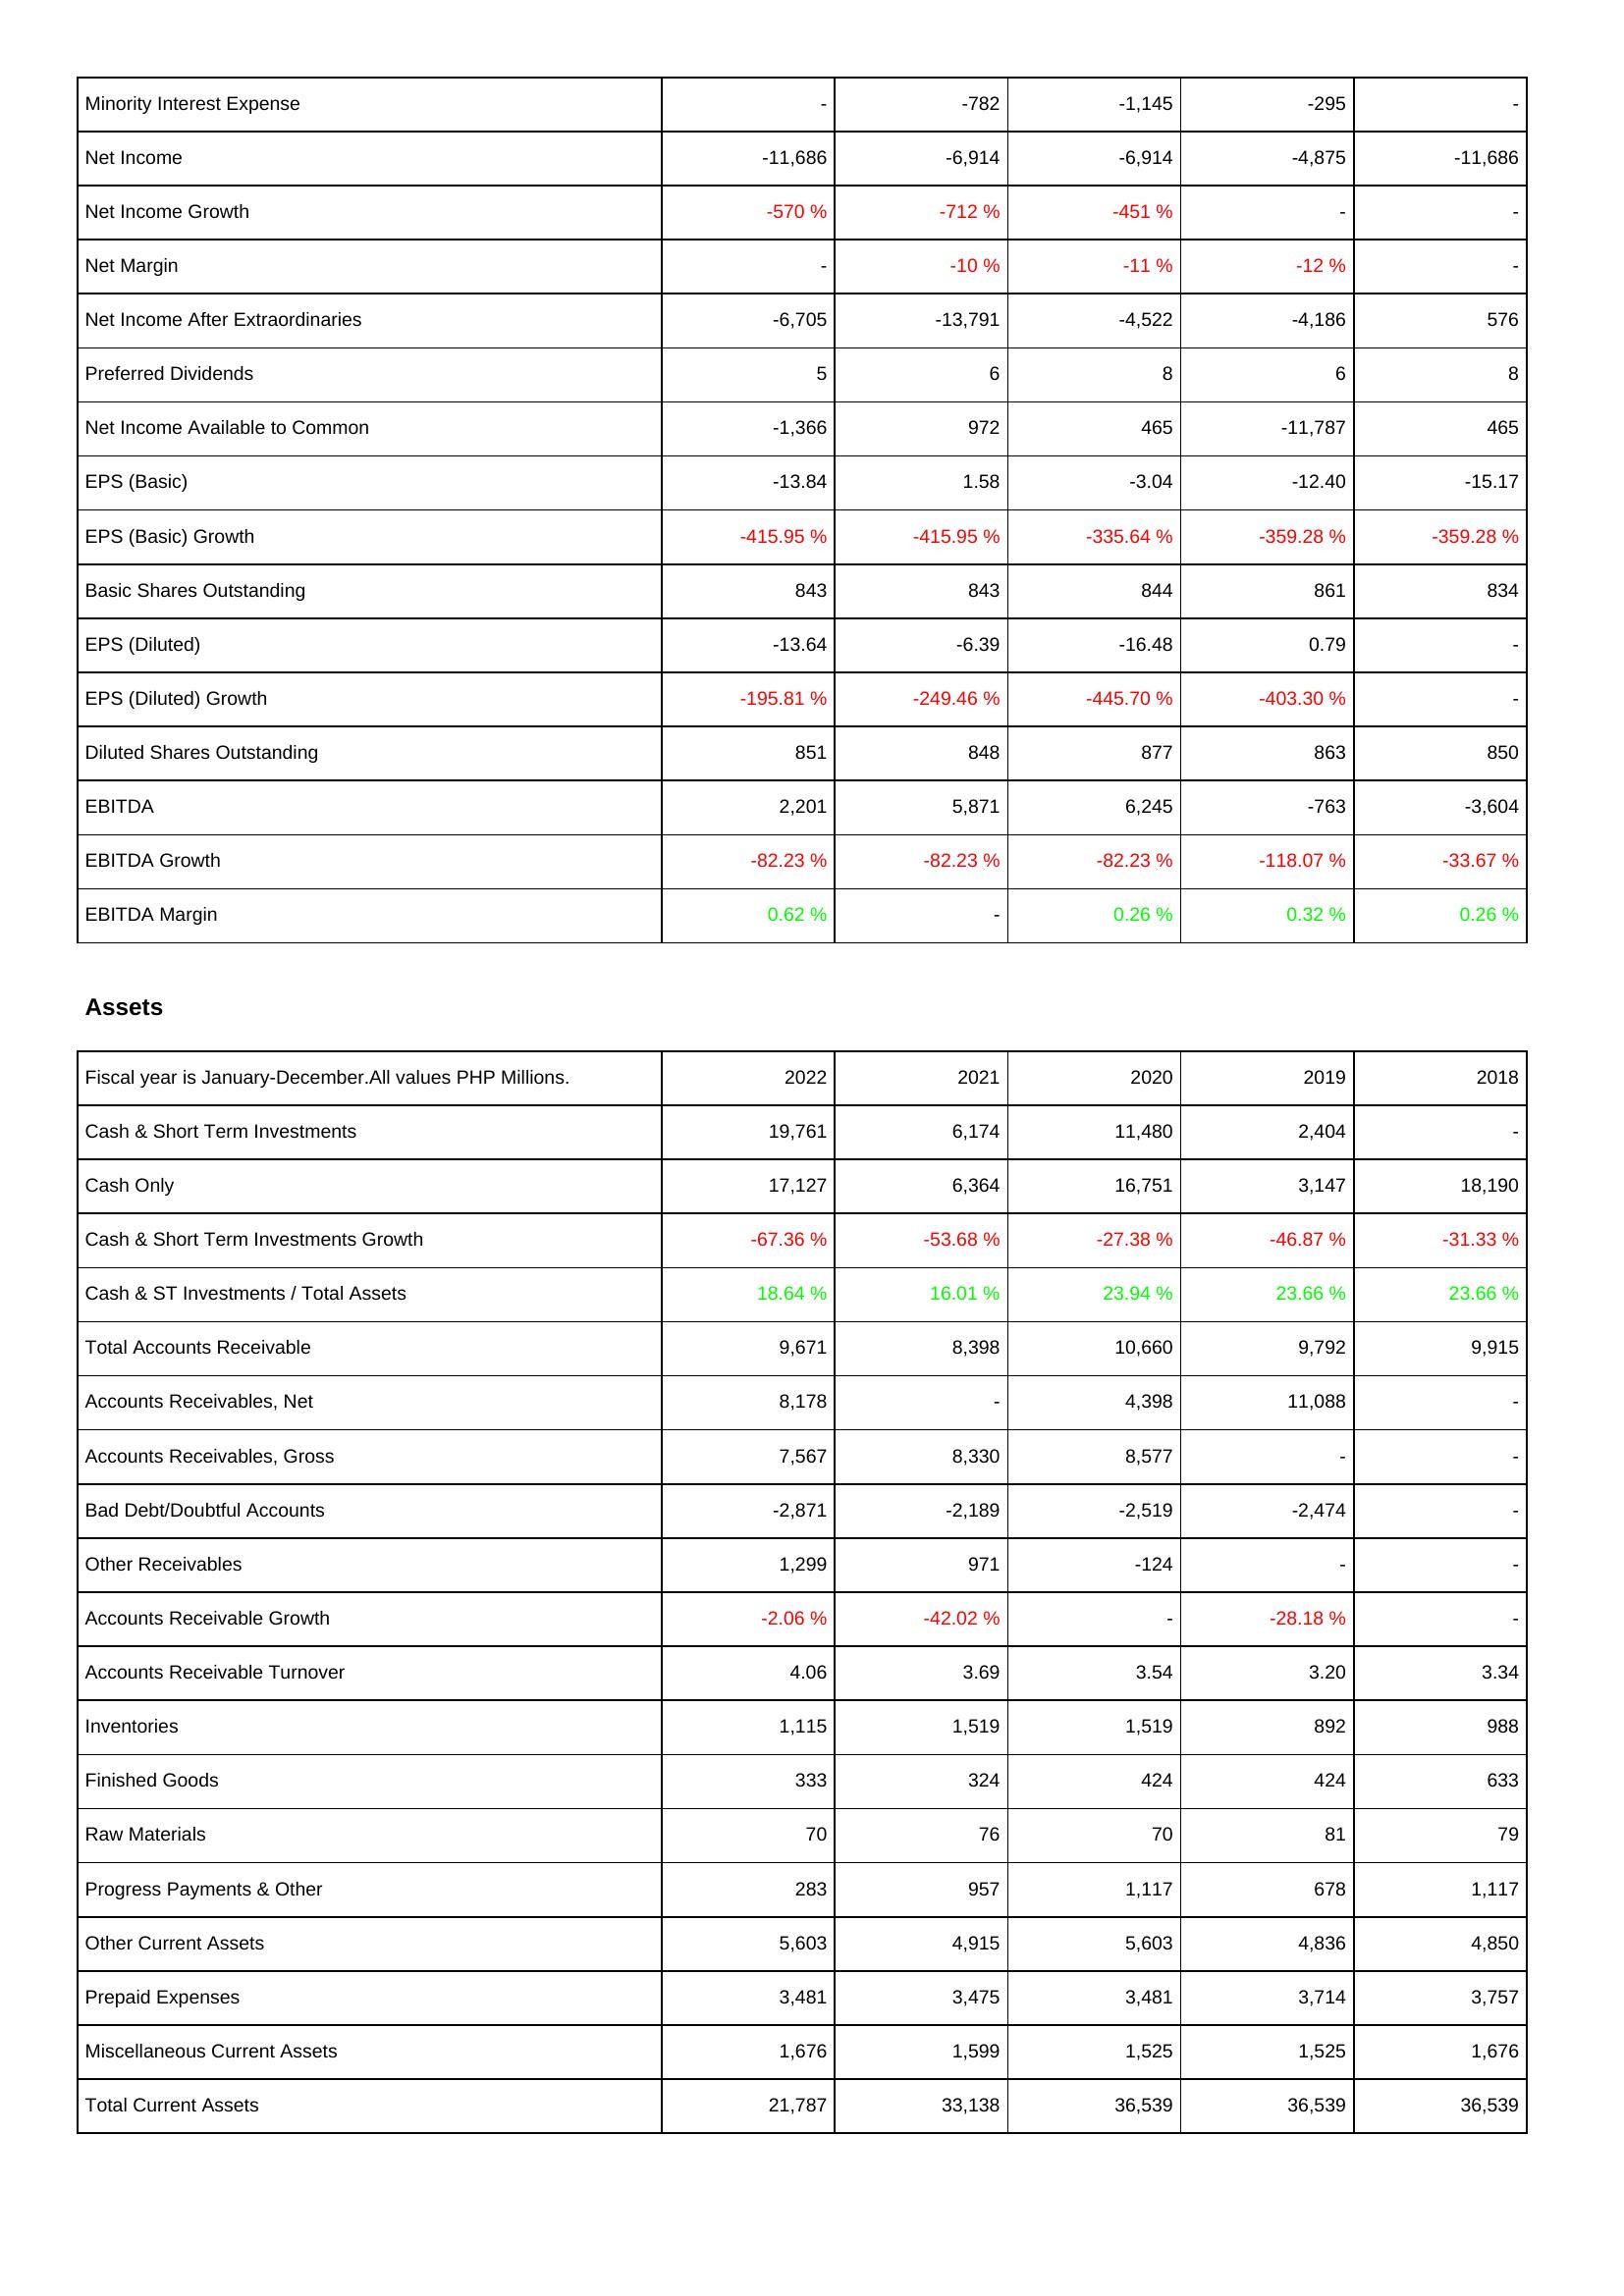
2022: Income Statement: Minority Interest Expense: -
Net Income: -11,686
Net Income Growth: -570 %
Net Margin: -
Net Income After Extraordinaries: -6,705
Preferred Dividends: 5
Net Income Available to Common: -1,366
EPS (Basic): -13.84
EPS (Basic) Growth: -415.95 %
Basic Shares Outstanding: 843
EPS (Diluted): -13.64
EPS (Diluted) Growth: -195.81 %
Diluted Shares Outstanding: 851
EBITDA: 2,201
EBITDA Growth: -82.23 %
EBITDA Margin: 0.62 %
Assets: Cash & Short Term Investments: 19,761
Cash Only: 17,127
Cash & Short Term Investments Growth: -67.36 %
Cash & ST Investments / Total Assets: 18.64 %
Total Accounts Receivable: 9,671
Accounts Receivables, Net: 8,178
Accounts Receivables, Gross: 7,567
Bad Debt/Doubtful Accounts: -2,871
Other Receivables: 1,299
Accounts Receivable Growth: -2.06 %
Accounts Receivable Turnover: 4.06
Inventories: 1,115
Finished Goods: 333
Raw Materials: 70
Progress Payments & Other: 283
Other Current Assets: 5,603
Prepaid Expenses: 3,481
Miscellaneous Current Assets: 1,676
Total Current Assets: 21,787
2021: Income Statement: Minority Interest Expense: -782
Net Income: -6,914
Net Income Growth: -712 %
Net Margin: -10 %
Net Income After Extraordinaries: -13,791
Preferred Dividends: 6
Net Income Available to Common: 972
EPS (Basic): 1.58
EPS (Basic) Growth: -415.95 %
Basic Shares Outstanding: 843
EPS (Diluted): -6.39
EPS (Diluted) Growth: -249.46 %
Diluted Shares Outstanding: 848
EBITDA: 5,871
EBITDA Growth: -82.23 %
EBITDA Margin: -
Assets: Cash & Short Term Investments: 6,174
Cash Only: 6,364
Cash & Short Term Investments Growth: -53.68 %
Cash & ST Investments / Total Assets: 16.01 %
Total Accounts Receivable: 8,398
Accounts Receivables, Net: -
Accounts Receivables, Gross: 8,330
Bad Debt/Doubtful Accounts: -2,189
Other Receivables: 971
Accounts Receivable Growth: -42.02 %
Accounts Receivable Turnover: 3.69
Inventories: 1,519
Finished Goods: 324
Raw Materials: 76
Progress Payments & Other: 957
Other Current Assets: 4,915
Prepaid Expenses: 3,475
Miscellaneous Current Assets: 1,599
Total Current Assets: 33,138
2020: Income Statement: Minority Interest Expense: -1,145
Net Income: -6,914
Net Income Growth: -451 %
Net Margin: -11 %
Net Income After Extraordinaries: -4,522
Preferred Dividends: 8
Net Income Available to Common: 465
EPS (Basic): -3.04
EPS (Basic) Growth: -335.64 %
Basic Shares Outstanding: 844
EPS (Diluted): -16.48
EPS (Diluted) Growth: -445.70 %
Diluted Shares Outstanding: 877
EBITDA: 6,245
EBITDA Growth: -82.23 %
EBITDA Margin: 0.26 %
Assets: Cash & Short Term Investments: 11,480
Cash Only: 16,751
Cash & Short Term Investments Growth: -27.38 %
Cash & ST Investments / Total Assets: 23.94 %
Total Accounts Receivable: 10,660
Accounts Receivables, Net: 4,398
Accounts Receivables, Gross: 8,577
Bad Debt/Doubtful Accounts: -2,519
Other Receivables: -124
Accounts Receivable Growth: -
Accounts Receivable Turnover: 3.54
Inventories: 1,519
Finished Goods: 424
Raw Materials: 70
Progress Payments & Other: 1,117
Other Current Assets: 5,603
Prepaid Expenses: 3,481
Miscellaneous Current Assets: 1,525
Total Current Assets: 36,539
2019: Income Statement: Minority Interest Expense: -295
Net Income: -4,875
Net Income Growth: -
Net Margin: -12 %
Net Income After Extraordinaries: -4,186
Preferred Dividends: 6
Net Income Available to Common: -11,787
EPS (Basic): -12.40
EPS (Basic) Growth: -359.28 %
Basic Shares Outstanding: 861
EPS (Diluted): 0.79
EPS (Diluted) Growth: -403.30 %
Diluted Shares Outstanding: 863
EBITDA: -763
EBITDA Growth: -118.07 %
EBITDA Margin: 0.32 %
Assets: Cash & Short Term Investments: 2,404
Cash Only: 3,147
Cash & Short Term Investments Growth: -46.87 %
Cash & ST Investments / Total Assets: 23.66 %
Total Accounts Receivable: 9,792
Accounts Receivables, Net: 11,088
Accounts Receivables, Gross: -
Bad Debt/Doubtful Accounts: -2,474
Other Receivables: -
Accounts Receivable Growth: -28.18 %
Accounts Receivable Turnover: 3.20
Inventories: 892
Finished Goods: 424
Raw Materials: 81
Progress Payments & Other: 678
Other Current Assets: 4,836
Prepaid Expenses: 3,714
Miscellaneous Current Assets: 1,525
Total Current Assets: 36,539
2018: Income Statement: Minority Interest Expense: -
Net Income: -11,686
Net Income Growth: -
Net Margin: -
Net Income After Extraordinaries: 576
Preferred Dividends: 8
Net Income Available to Common: 465
EPS (Basic): -15.17
EPS (Basic) Growth: -359.28 %
Basic Shares Outstanding: 834
EPS (Diluted): -
EPS (Diluted) Growth: -
Diluted Shares Outstanding: 850
EBITDA: -3,604
EBITDA Growth: -33.67 %
EBITDA Margin: 0.26 %
Assets: Cash & Short Term Investments: -
Cash Only: 18,190
Cash & Short Term Investments Growth: -31.33 %
Cash & ST Investments / Total Assets: 23.66 %
Total Accounts Receivable: 9,915
Accounts Receivables, Net: -
Accounts Receivables, Gross: -
Bad Debt/Doubtful Accounts: -
Other Receivables: -
Accounts Receivable Growth: -
Accounts Receivable Turnover: 3.34
Inventories: 988
Finished Goods: 633
Raw Materials: 79
Progress Payments & Other: 1,117
Other Current Assets: 4,850
Prepaid Expenses: 3,757
Miscellaneous Current Assets: 1,676
Total Current Assets: 36,539